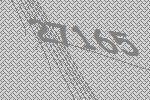
27165